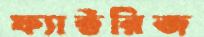
ফ্যাক্টরিজ